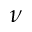
\nu